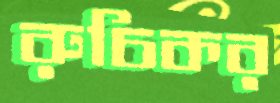
রুচিকর